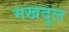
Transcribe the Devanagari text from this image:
मखदूल